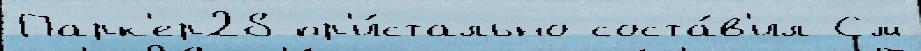
Парк'ер28 пр'и́стально соста́в'ил См